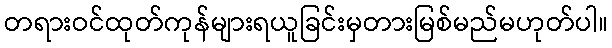
တရားဝင်ထုတ်ကုန်များရယူခြင်းမှတားမြစ်မည်မဟုတ်ပါ။